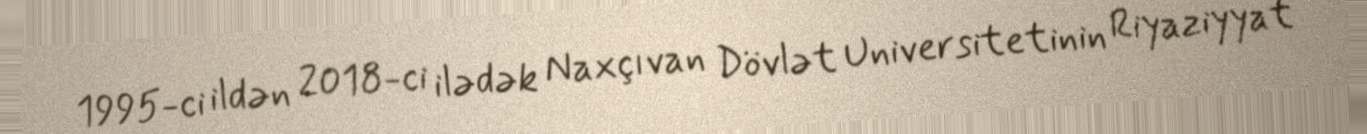
1995-ci ildən 2018-ci ilədək Naxçıvan Dövlət Universitetinin Riyaziyyat